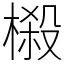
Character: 榝